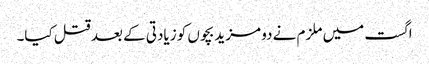
اگست میں ملزم نے دو مزید بچوں کو زیادتی کے بعد قتل کیا۔